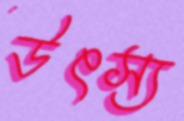
উৎস্য